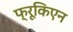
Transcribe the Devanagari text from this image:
फ्रूकिएन